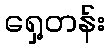
ရှေ့တန်း